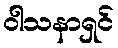
ဝါသနာရှင်